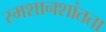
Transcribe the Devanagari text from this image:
स्मशानशांतता